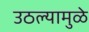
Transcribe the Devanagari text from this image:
उठल्यामुळे